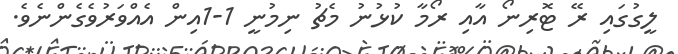
ލީގުގައި ރޭ ޓޮރިނޯ އާއި ރޯމާ ކުޅުނު މެޗު ނިމުނީ 1-1އިން އެއްވަރުވެގެންނެވެ.